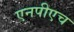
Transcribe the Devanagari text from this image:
एनपीएच